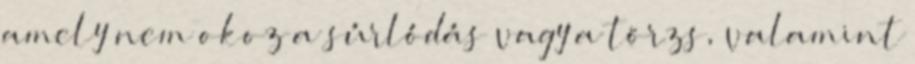
amely nem okoz a súrlódás vagy a törzs, valamint